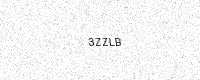
Text: 3ZZLB